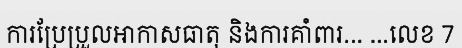
ការប្រែប្រួលអាកាសធាតុ និងការគាំពារ... ...លេខ 7